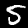
Digit: 5